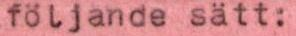
följande sätt: